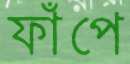
ফাঁপে